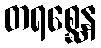
တရစ္ဆေန